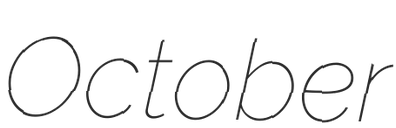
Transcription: October